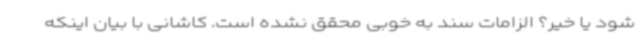
شود یا خیر؟ الزامات سند به خوبی محقق نشده است. کاشانی با بیان اینکه